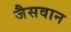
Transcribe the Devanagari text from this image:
जैसवान